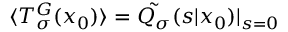
\langle T _ { \sigma } ^ { G } ( x _ { 0 } ) \rangle = \tilde { Q _ { \sigma } } ( s | x _ { 0 } ) | _ { s = 0 }